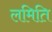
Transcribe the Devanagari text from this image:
लमिति